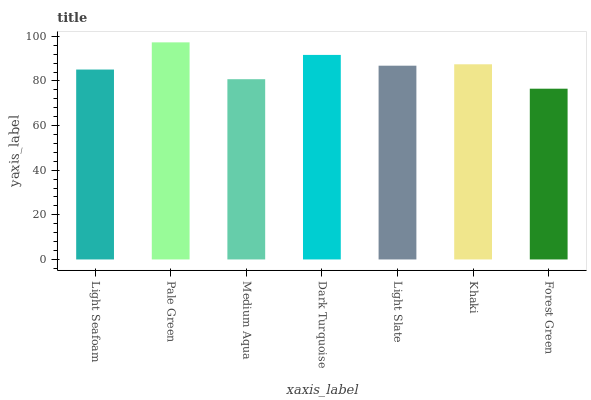
| xaxis_label | bars |
 | --- | --- |
 | Light Seafoam | 85.1 |
 | Pale Green | 97.3 |
 | Medium Aqua | 80.8 |
 | Dark Turquoise | 91.7 |
 | Light Slate | 86.8 |
 | Khaki | 87.5 |
 | Forest Green | 76.5 |